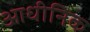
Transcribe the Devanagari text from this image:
आधीनिक